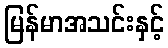
မြန်မာအသင်းနှင့်